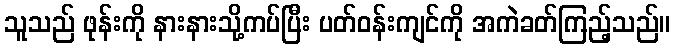
သူသည် ဖုန်းကို နားနားသို့ကပ်ပြီး ပတ်ဝန်းကျင်ကို အကဲခတ်ကြည့်သည်။